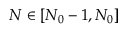
N \in [ N _ { 0 } - 1 , N _ { 0 } ]